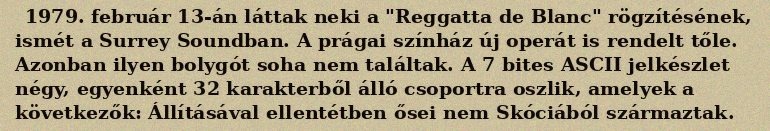
1979. február 13-án láttak neki a "Reggatta de Blanc" rögzítésének, ismét a Surrey Soundban. A prágai színház új operát is rendelt tőle. Azonban ilyen bolygót soha nem találtak. A 7 bites ASCII jelkészlet négy, egyenként 32 karakterből álló csoportra oszlik, amelyek a következők: Állításával ellentétben ősei nem Skóciából származtak.